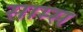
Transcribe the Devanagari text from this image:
साम्स